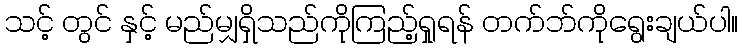
သင့် တွင် နှင့် မည်မျှရှိသည်ကိုကြည့်ရှုရန် တက်ဘ်ကိုရွေးချယ်ပါ။